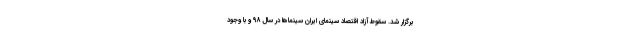
برگزار شد. سقوط آزاد اقتصاد سینمای ایران سینماها در سال ۹۸ و با وجود